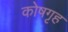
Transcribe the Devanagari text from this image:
कोषगृह